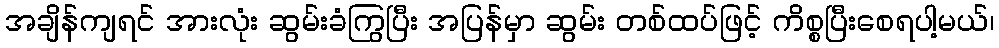
အချိန်ကျရင် အားလုံး ဆွမ်းခံကြွပြီး အပြန်မှာ ဆွမ်း တစ်ထပ်ဖြင့် ကိစ္စပြီးစေရပါ့မယ်၊